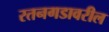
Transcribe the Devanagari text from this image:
रतनगडावरील